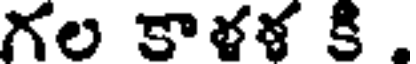
గల కాళళ కి .